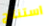
استنتاج